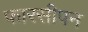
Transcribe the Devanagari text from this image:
फारसीपन